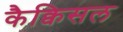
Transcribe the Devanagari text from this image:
कैक्विसल